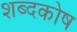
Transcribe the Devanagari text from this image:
शब्‍दकोष